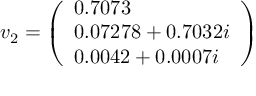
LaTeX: v _ { 2 } = { \left( \begin{array} { l } { 0 . 7 0 7 3 } \\ { 0 . 0 7 2 7 8 + 0 . 7 0 3 2 i } \\ { 0 . 0 0 4 2 + 0 . 0 0 0 7 i } \end{array} \right) }